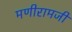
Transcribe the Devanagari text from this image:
मणीरामजी